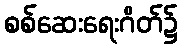
စစ်ဆေးရေးဂိတ်၌